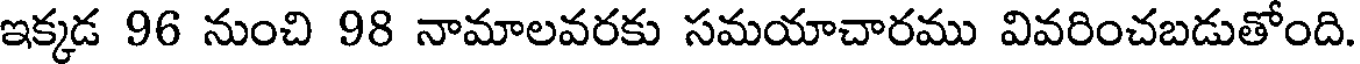
ఇక్కడ 96 నుంచి 98 నామాలవరకు సమయాచారము వివరించబడుతోంది.